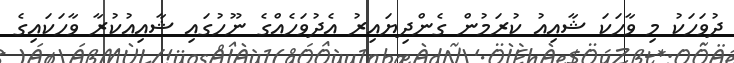
ދުވަހަކު މި ވާހަކަ ޝާއިޢު ކުރަމުން ގެންދިޔައިރު އެދުވަހެއްގެ ނޫހުގައި ޝާއިޢުކުރާ ވާހަކައިގެ